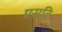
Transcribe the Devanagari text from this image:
एसटि